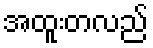
အထူးတလည်